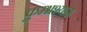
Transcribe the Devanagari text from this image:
कुम्भश्याम